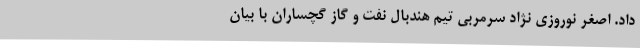
داد. اصغر نوروزی نژاد سرمربی تیم هندبال نفت و گاز گچساران با بیان